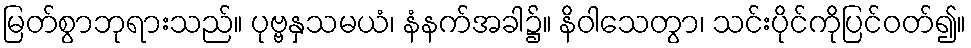
မြတ်စွာဘုရားသည်။ ပုဗ္ဗနှသမယံ၊ နံနက်အခါ၌။ နိဝါသေတွာ၊ သင်းပိုင်ကိုပြင်ဝတ်၍။